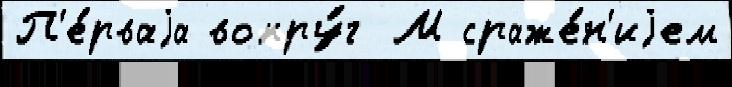
П'е́рваjа вокру́г М сраже́н'иjем